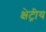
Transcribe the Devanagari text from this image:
क्षेट्रीय